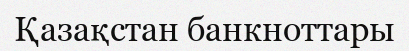
Қазақстан банкноттары